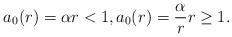
LaTeX: \begin{align*} a_0(r) = \alpha r < 1, a_0(r) = \frac{\alpha}{r} r\geq 1.\end{align*}